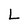
Character: L